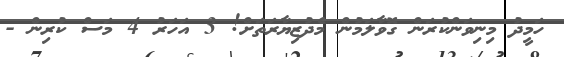
ހަމީދު މިނިވަންކުރަން ގޮވާލަމުން މެދުޒިޔާރަތަށް! 3 އަހަރު 4 މަސް ކުރިން -